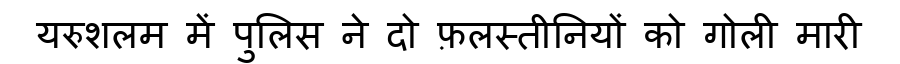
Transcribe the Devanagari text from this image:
यरुशलम में पुलिस ने दो फ़लस्तीनियों को गोली मारी